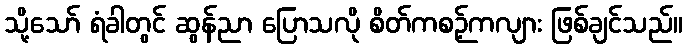
သို့သော် ရံခါတွင် ဆွန်ညာ ပြောသလို စိတ်ကစဉ့်ကလျား ဖြစ်ချင်သည်။